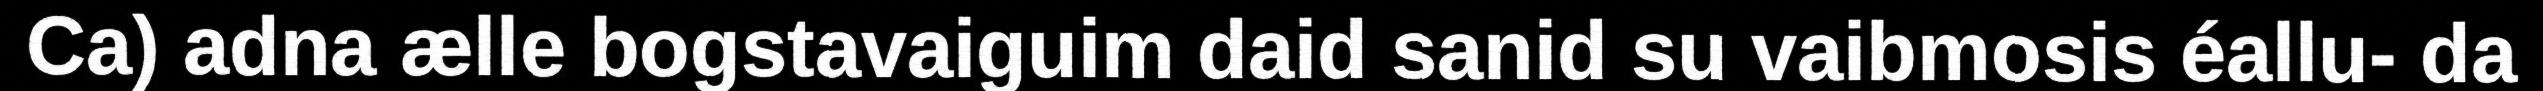
Ca) adna ælle bogstavaiguim daid sanid su vaibmosis éallu- da